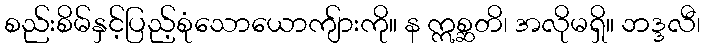
စည်းစိမ်နှင့်ပြည့်စုံသောယောကျ်ားကို။ န ဣစ္ဆတိ၊ အလိုမရှိ။ ဘဒ္ဒလီ၊